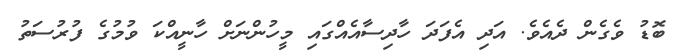
ބޮޑު ވެގެން ދެއެވެ. އަދި އެފަދަ ހާދިސާއެއްގައި މީހުންނަށް ހާނީއްކަ ވުމުގެ ފުރުސަތު